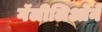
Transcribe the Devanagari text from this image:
गॅलीलिओने